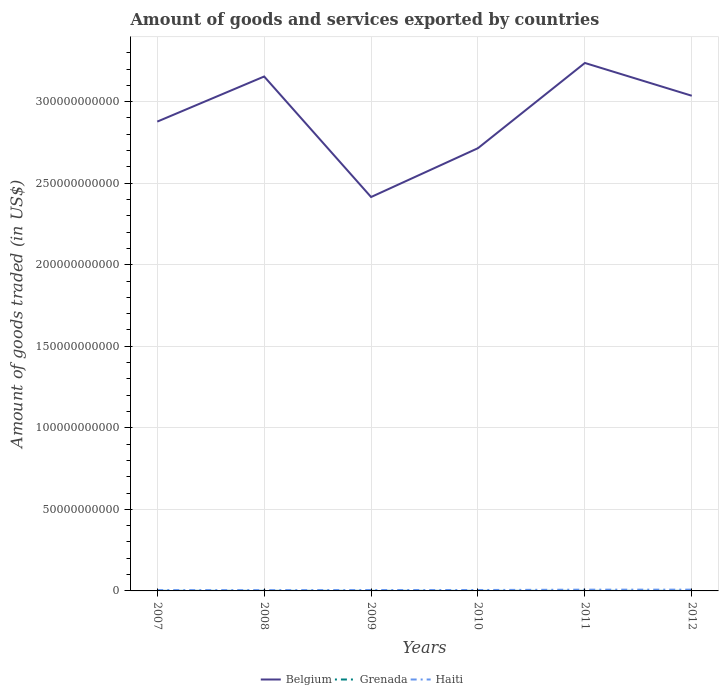
| Years | Belgium | Grenada | Haiti |
 | --- | --- | --- | --- |
 | 2007 | 2.88e+11 | 4.07e+07 | 5.22e+08 |
 | 2008 | 3.15e+11 | 4.05e+07 | 4.9e+08 |
 | 2009 | 2.42e+11 | 3.53e+07 | 5.51e+08 |
 | 2010 | 2.71e+11 | 3.11e+07 | 5.63e+08 |
 | 2011 | 3.24e+11 | 3.72e+07 | 7.68e+08 |
 | 2012 | 3.04e+11 | 4.28e+07 | 7.79e+08 |